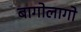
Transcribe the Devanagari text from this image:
बागोलागो